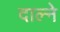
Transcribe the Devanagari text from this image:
दाल्ने